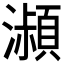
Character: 𤂔